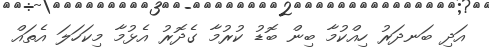
އަދި ބަނދަރު ހިއްކުމާ ބިން ބޮޑު ކުރުމާ ގެދޮރު އެޅުމާ މިކަހަލަ އެތައް